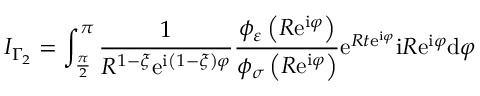
I _ { \Gamma _ { 2 } } = \int _ { \frac { \pi } { 2 } } ^ { \pi } \frac { 1 } { R ^ { 1 - \xi } \mathrm { e } ^ { \mathrm { i } \left( 1 - \xi \right) \varphi } } \frac { \phi _ { \varepsilon } \left( R \mathrm { e } ^ { \mathrm { i } \varphi } \right) } { \phi _ { \sigma } \left( R \mathrm { e } ^ { \mathrm { i } \varphi } \right) } \mathrm { e } ^ { R t \mathrm { e } ^ { \mathrm { i } \varphi } } \mathrm { i } R \mathrm { e } ^ { \mathrm { i } \varphi } \mathrm { d } \varphi